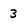
Character: 3